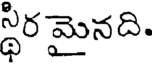
స్థిర మైనది.